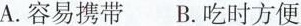
A.容易携带 B.吃时方便